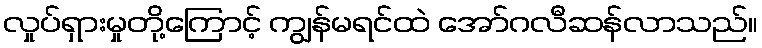
လှုပ်ရှားမှုတို့ကြောင့် ကျွန်မရင်ထဲ အော်ဂလီဆန်လာသည်။